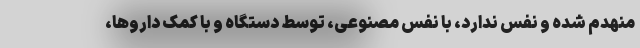
منهدم شده و نفس ندارد، با نفس مصنوعی، توسط دستگاه و با کمک داروها،